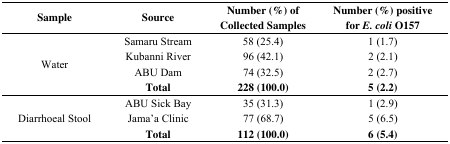
<table><thead><tr><td><b>Sample</b></td><td><b>Source</b></td><td><b>Number (%) of Collected Samples</b></td><td><b>Number (%) positive for<i>E. coli</i>O157</b></td></tr></thead><tbody><tr><td rowspan="4">Water</td><td>Samaru Stream</td><td>58 (25.4)</td><td>1 (1.7)</td></tr><tr><td>Kubanni River</td><td>96 (42.1)</td><td>2 (2.1)</td></tr><tr><td>ABU Dam</td><td>74 (32.5)</td><td>2 (2.7)</td></tr><tr><td><b>Total</b></td><td><b>228 (100.0)</b></td><td><b>5 (2.2)</b></td></tr><tr><td rowspan="3">Diarrhoeal Stool</td><td>ABU Sick Bay</td><td>35 (31.3)</td><td>1 (2.9)</td></tr><tr><td>Jama’a Clinic</td><td>77 (68.7)</td><td>5 (6.5)</td></tr><tr><td><b>Total</b></td><td><b>112 (100.0)</b></td><td><b>6 (5.4)</b></td></tr></tbody></table>